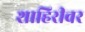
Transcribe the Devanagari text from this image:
शाहिरीवर